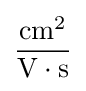
{\frac {{\text{cm}}^{2}}{{\text{V}}\cdot {\text{s}}}}